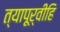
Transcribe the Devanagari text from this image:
त्यापूर्वीहि